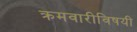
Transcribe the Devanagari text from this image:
क्रमवारीविषयी